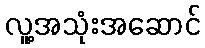
လူ့အသုံးအဆောင်